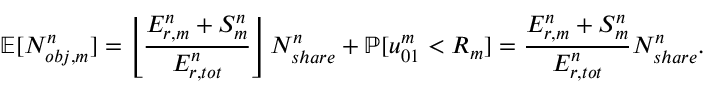
\mathbb { E } [ N _ { o b j , m } ^ { n } ] = \left\lfloor \frac { E _ { r , m } ^ { n } + S _ { m } ^ { n } } { E _ { r , t o t } ^ { n } } \right\rfloor N _ { s h a r e } ^ { n } + \mathbb { P } [ u _ { 0 1 } ^ { m } < R _ { m } ] = \frac { E _ { r , m } ^ { n } + S _ { m } ^ { n } } { E _ { r , t o t } ^ { n } } N _ { s h a r e } ^ { n } .